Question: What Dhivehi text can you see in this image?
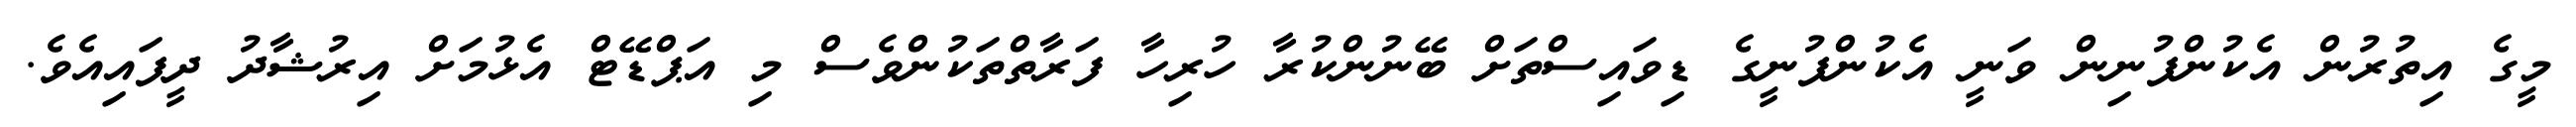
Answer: މީގެ އިތުރުން އެކުންފުނިން ވަނީ އެކުންފުނީގެ ޑިވައިސްތަށް ބޭނުންކުރާ ހުރިހާ ފަރާތްތަކުންވެސް މި އަޕްޑޭޓް އެޅުމަށް އިރުޝާދު ދީފައިއެވެ.